Annual report of the Central Committee of the Association together with the report of the directors of the Pasteur Institute at Kasauli
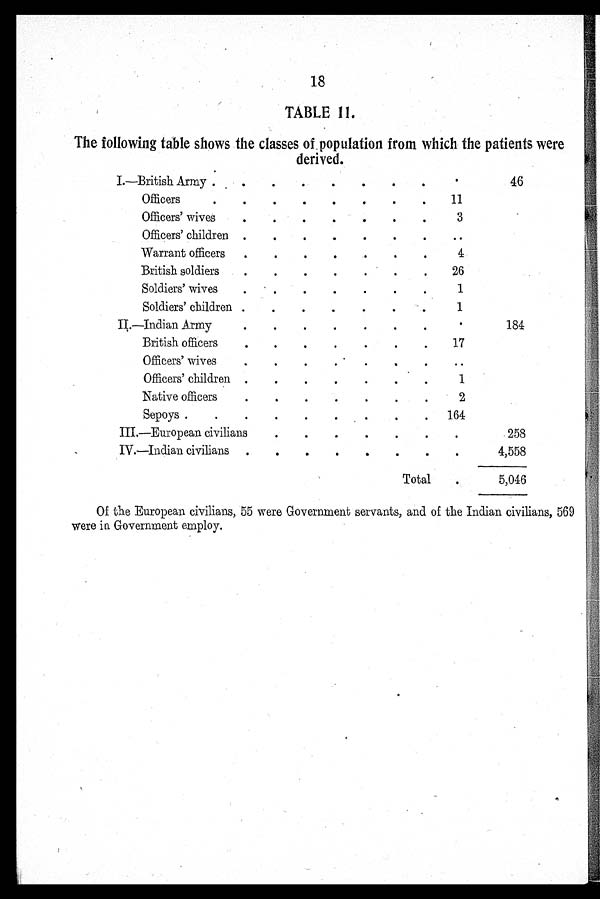
18
TABLE 11.
The following table shows the classes of population from which the patients were
derived.
I.— British ARmy
.
4 6
Officers
1 1
O f f i c e r s ' w i v e s
3
Officers' children
..
Warrant officers
4
British soldiers
2 6
Soldiers' wives
1
Soldiers' children
1
II.— Indian Army
.
1 8 4
British officers
1 7
Officers' wives
..
O f f i c e r s ' c h i l d r e n
1
Native officers
2
Sepoys
1 6 4
III.— European civilians
2 5 8
IV.—
Inidan civilians
4 , 5 5 8
T o t a l
5 , 0 4 6
Of the European civilians, 55 were Government servants, and of the Indian civilians, 569
were in Government employ.